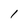
Character: 1